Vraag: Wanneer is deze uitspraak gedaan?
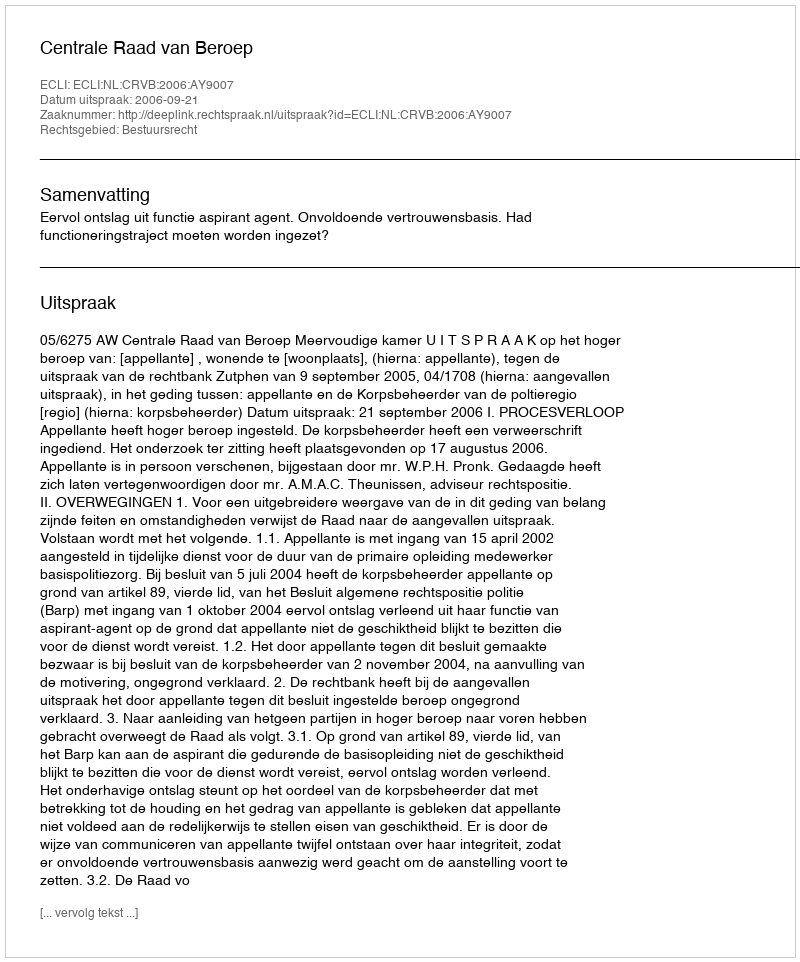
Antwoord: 2006-09-21